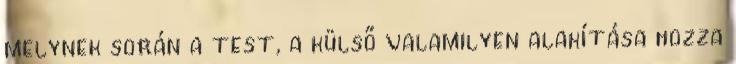
melynek során a test, a külső valamilyen alakítása hozza